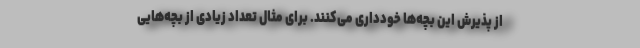
از پذیرش این بچه‌ها خودداری می‌کنند. برای مثال تعداد زیادی از بچه‌هایی